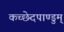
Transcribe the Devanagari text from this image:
कच्छेदपाण्डुम्